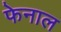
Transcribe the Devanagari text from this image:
फेनाल